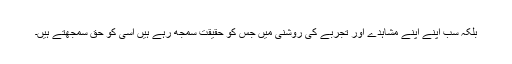
بلکہ سب اپنے اپنے مشاہدے اور تجربے کی روشنی میں جس کو حقیقت سمجھ رہے ہیں اسی کو حق سمجھتے ہیں۔